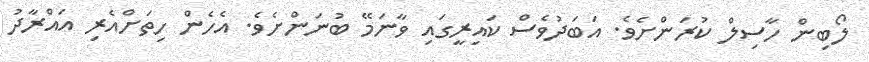
ލޯބިން ހާސިލް ކުރަންށެވެ. އަބަދުވެސް ކައިރީގައި ވާނަމޭ ބުނަންށެވެ. އެހެން ހިތަށްއެރި އައްރާދު